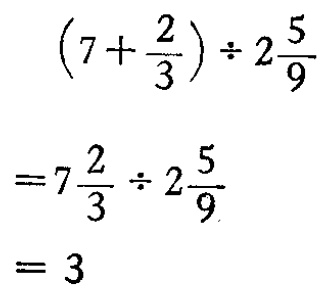
\[\begin{align*}

\left(7 + \frac{2}{3}\right)\div 2\frac{5}{9}&=7\frac{2}{3}\div 2\frac{5}{9}\\

&= 3

\end{align*}\]